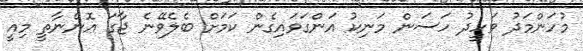
މުހަންމަދު ވަހީދު ހަސަން މަނިކު އަންގަވައިގެން ކަމަށް ބެލެވޭނެ ޖާގަ އޮންނާތީ މިއީ